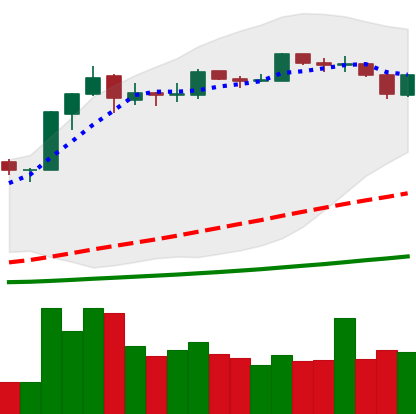
Ticker: BNB-USD
Chart end date: 2019-03-22
Forward return: 9.923%
Label: up_7plus